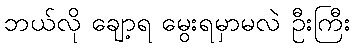
ဘယ်လို ချော့ရ မွေးရမှာမလဲ ဦးကြီး